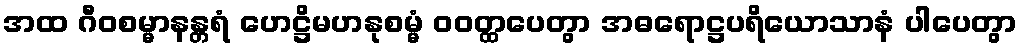
အထ ဂီဝစမ္မာနန္တရံ ဟေဋ္ဌိမဟနုစမ္မံ ဝဝတ္ထပေတွာ အဓရောဋ္ဌပရိယောသာနံ ပါပေတွာ